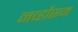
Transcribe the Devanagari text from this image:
नर्व्होसम